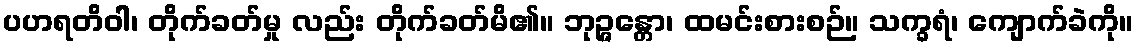
ပဟရတိဝါ၊ တိုက်ခတ်မှု လည်း တိုက်ခတ်မိ၏။ ဘုဉ္ဇန္တော၊ ထမင်းစားစဉ်။ သက္ခရံ၊ ကျောက်ခဲကို။